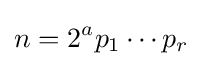
n=2^{a}p_{1}\cdots p_{r}